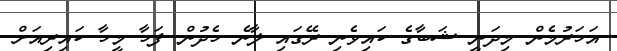
އަހަރުމެން މިދަނީ ޝަބާގެ ކައިވެނި ރޭގައި ލާނެ ހެދުން ފަހާ މީހާ ކައިރިއަށް